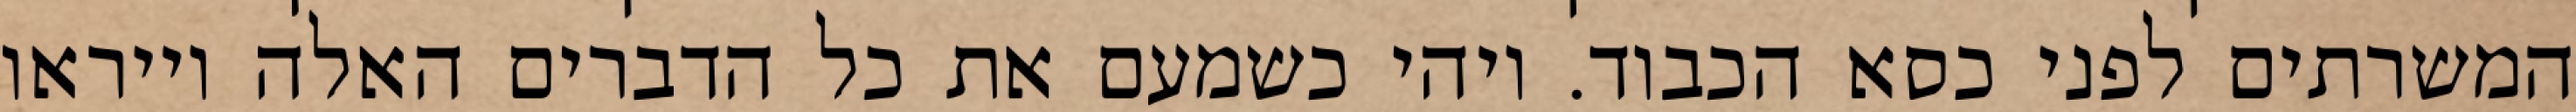
המשרתים לפני כסא הכבוד. ויהי כשמעם את כל הדברים האלה וייראו